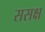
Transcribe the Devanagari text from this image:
ससक्ष